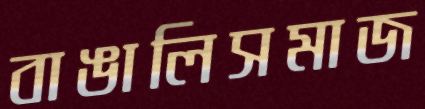
বাঙালিসমাজ